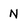
Character: N